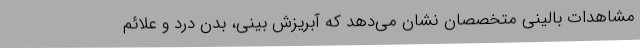
مشاهدات بالینی متخصصان نشان می‌دهد که آبریزش بینی، بدن درد و علائم